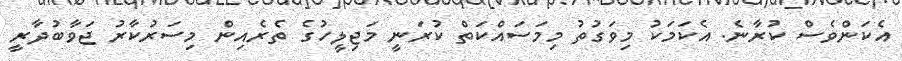
އެކަންވެސް ކުރާނެ. އެކަމަކު މިވަގުތު މިމަސައްކަތް ކުރަނީ މަޖިލީހުގެ ތެރެއިން މިސަރުކާރު ޖަވާބުދާރީ